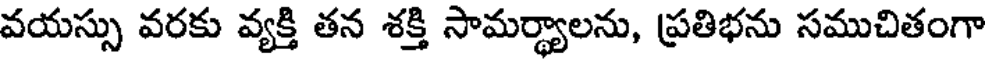
వయస్సు వరకు వ్యక్తి తన శక్తి సామర్థ్యాలను, ప్రతిభను సముచితంగా